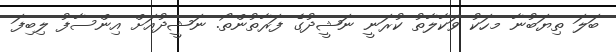
ބަލަ ތިޔަބުނާ މހަކު ވަކާލާތު ކުރަނީ ނަޝީދުގެ ފަރާތުންތޯ. ނަޝީދުއަށް އިންސާފު ލިބިފަ